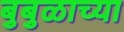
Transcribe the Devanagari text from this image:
बुबुळाच्या